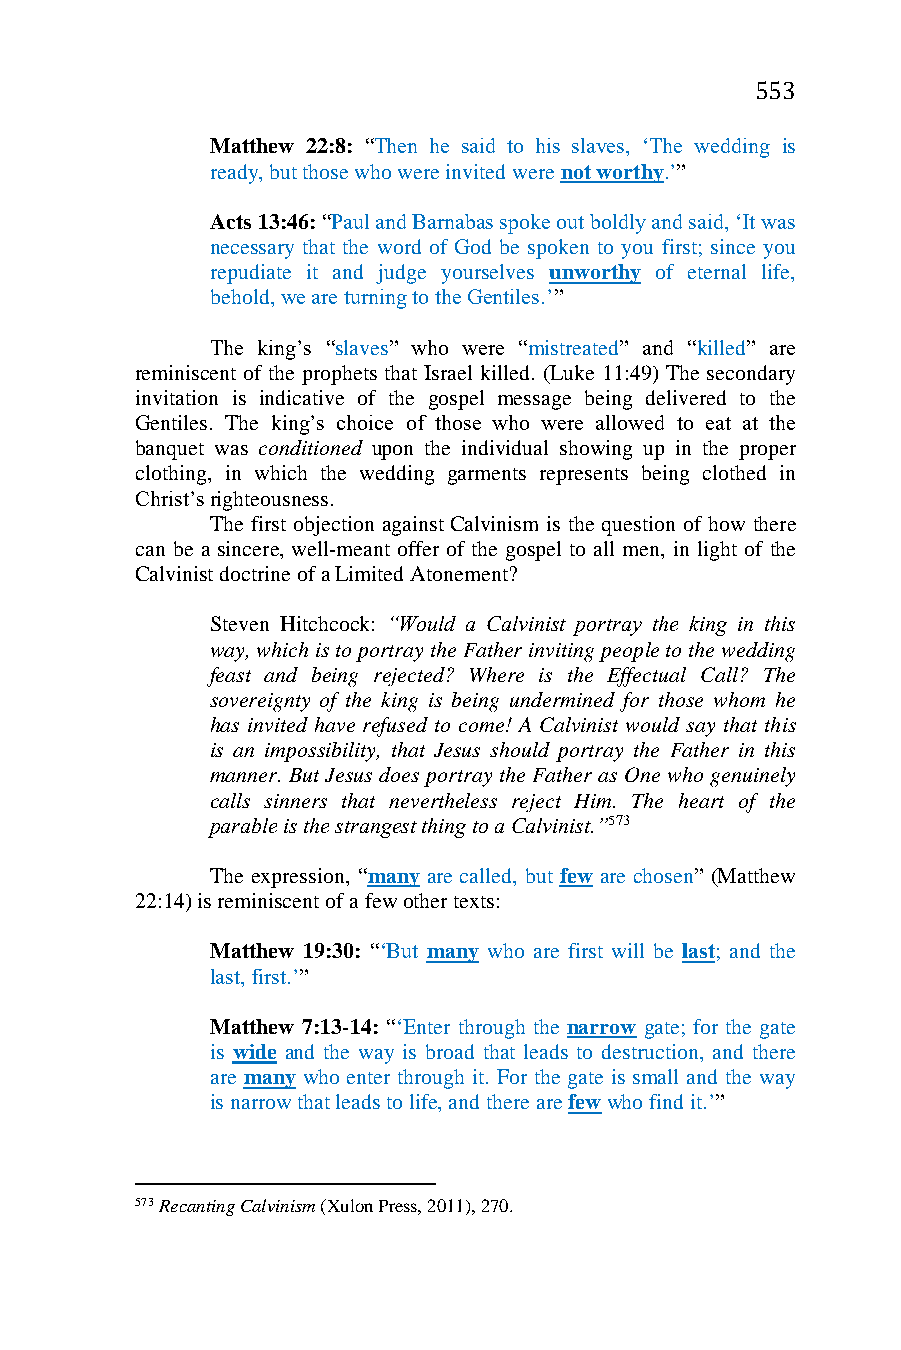
553
 Matthew 22:8: “Then he said to his slaves, ‘The wedding is
 ready, but those who were invited were not worthy.’”
 Acts 13:46: “Paul and Barnabas spoke out boldly and said, ‘It was
 necessary that the word of God be spoken to you first; since you
 repudiate it and judge yourselves unworthy of eternal life,
 behold, we are turning to the Gentiles.’”
 The king’s “slaves” who were “mistreated” and “killed” are
 reminiscent of the prophets that Israel killed. (Luke 11:49) The secondary
 invitation is indicative of the gospel message being delivered to the
 Gentiles. The king’s choice of those who were allowed to eat at the
 banquet was conditioned upon the individual showing up in the proper
 clothing, in which the wedding garments represents being clothed in
 Christ’s righteousness.
 The first objection against Calvinism is the question of how there
 can be a sincere, well-meant offer of the gospel to all men, in light of the
 Calvinist doctrine of a Limited Atonement?
 Steven Hitchcock: “Would a Calvinist portray the king in this
 way, which is to portray the Father inviting people to the wedding
 feast and being rejected? Where is the Effectual Call? The
 sovereignty of the king is being undermined for those whom he
 has invited have refused to come! A Calvinist would say that this
 is an impossibility, that Jesus should portray the Father in this
 manner. But Jesus does portray the Father as One who genuinely
 calls sinners that nevertheless reject Him. The heart of the
 parable is the strangest thing to a Calvinist.”573
 The expression, “many are called, but few are chosen” (Matthew
 22:14) is reminiscent of a few other texts:
 Matthew 19:30: “‘But many who are first will be last; and the
 last, first.’”
 Matthew 7:13-14: “‘Enter through the narrow gate; for the gate
 is wide and the way is broad that leads to destruction, and there
 are many who enter through it. For the gate is small and the way
 is narrow that leads to life, and there are few who find it.’”
 573 Recanting Calvinism (Xulon Press, 2011), 270.